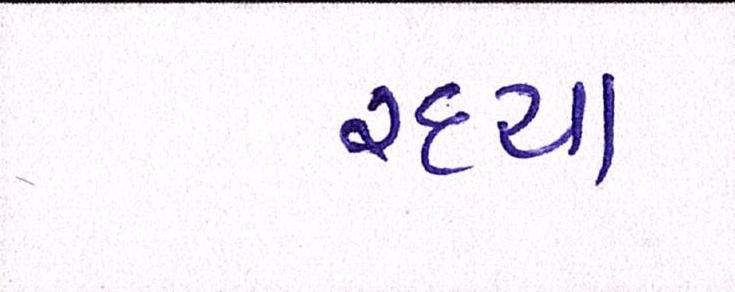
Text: રહ્યા